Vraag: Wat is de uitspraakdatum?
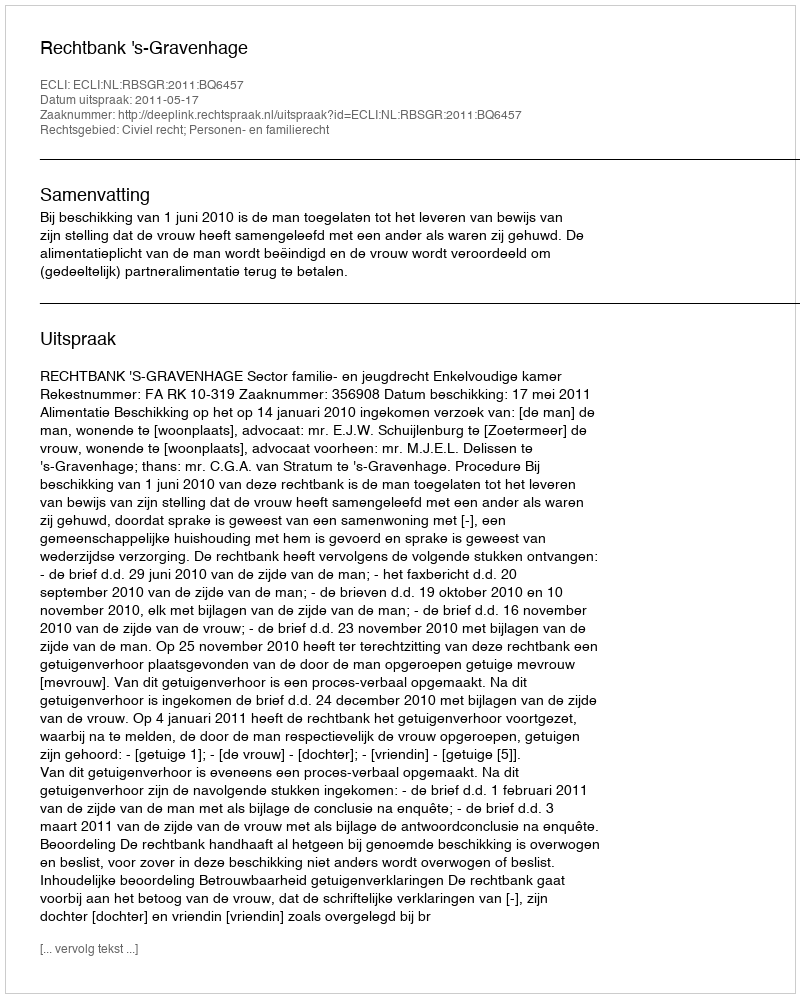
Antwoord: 2011-05-17